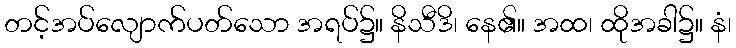
တင့်အပ်လျောက်ပတ်သော အရပ်၌။ နိသီဒိ၊ နေ၏။ အထ၊ ထိုအခါ၌။ နံ၊